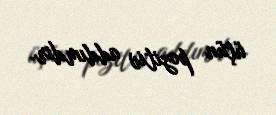
üçün pozitiv addımdır.